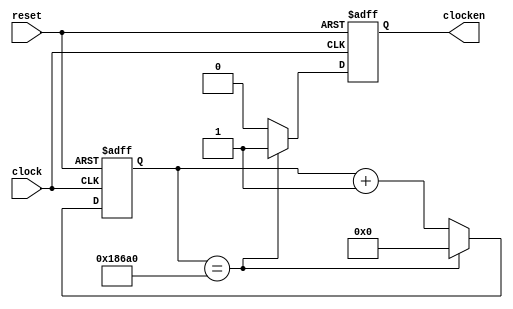
`timescale 1ns / 1ps
// gera 250Hz a partir do relgio de 25MHz 
// (divide por 100000, 18 bits)
module disp7seg_clockgen(clock, reset, clocken);
input  clock, reset;
output clocken;
reg    clocken;

reg [17:0] clkdiv;

always @(posedge clock or posedge reset)
begin
  if ( reset )
  begin
    clkdiv <= 18'b0;
	 clocken <= 1'b0;
  end
  else
  begin
    if ( clkdiv == 18'd100000 )
	 begin
	   clkdiv <= 0;
		clocken <= 1'b1;
	 end
	 else
	 begin
	   clocken <= 1'b0;
		clkdiv <= clkdiv + 1;
	 end
  end
end



endmodule